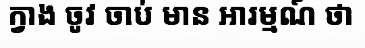
ក្វាង ចូវ ចាប់ មាន អារម្មណ៍ ថា